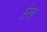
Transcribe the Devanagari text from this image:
ऱंग